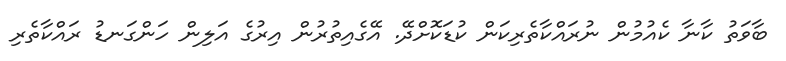
ބާވަތު ކާނާ ކެއުމުން ނުރައްކާތެރިކަން ކުޑަކޮށްދޭ. އޭގެއިތުރުން އިރުގެ އަލިން ހަންގަނޑު ރައްކާތެރި